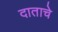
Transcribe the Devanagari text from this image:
दाताचे